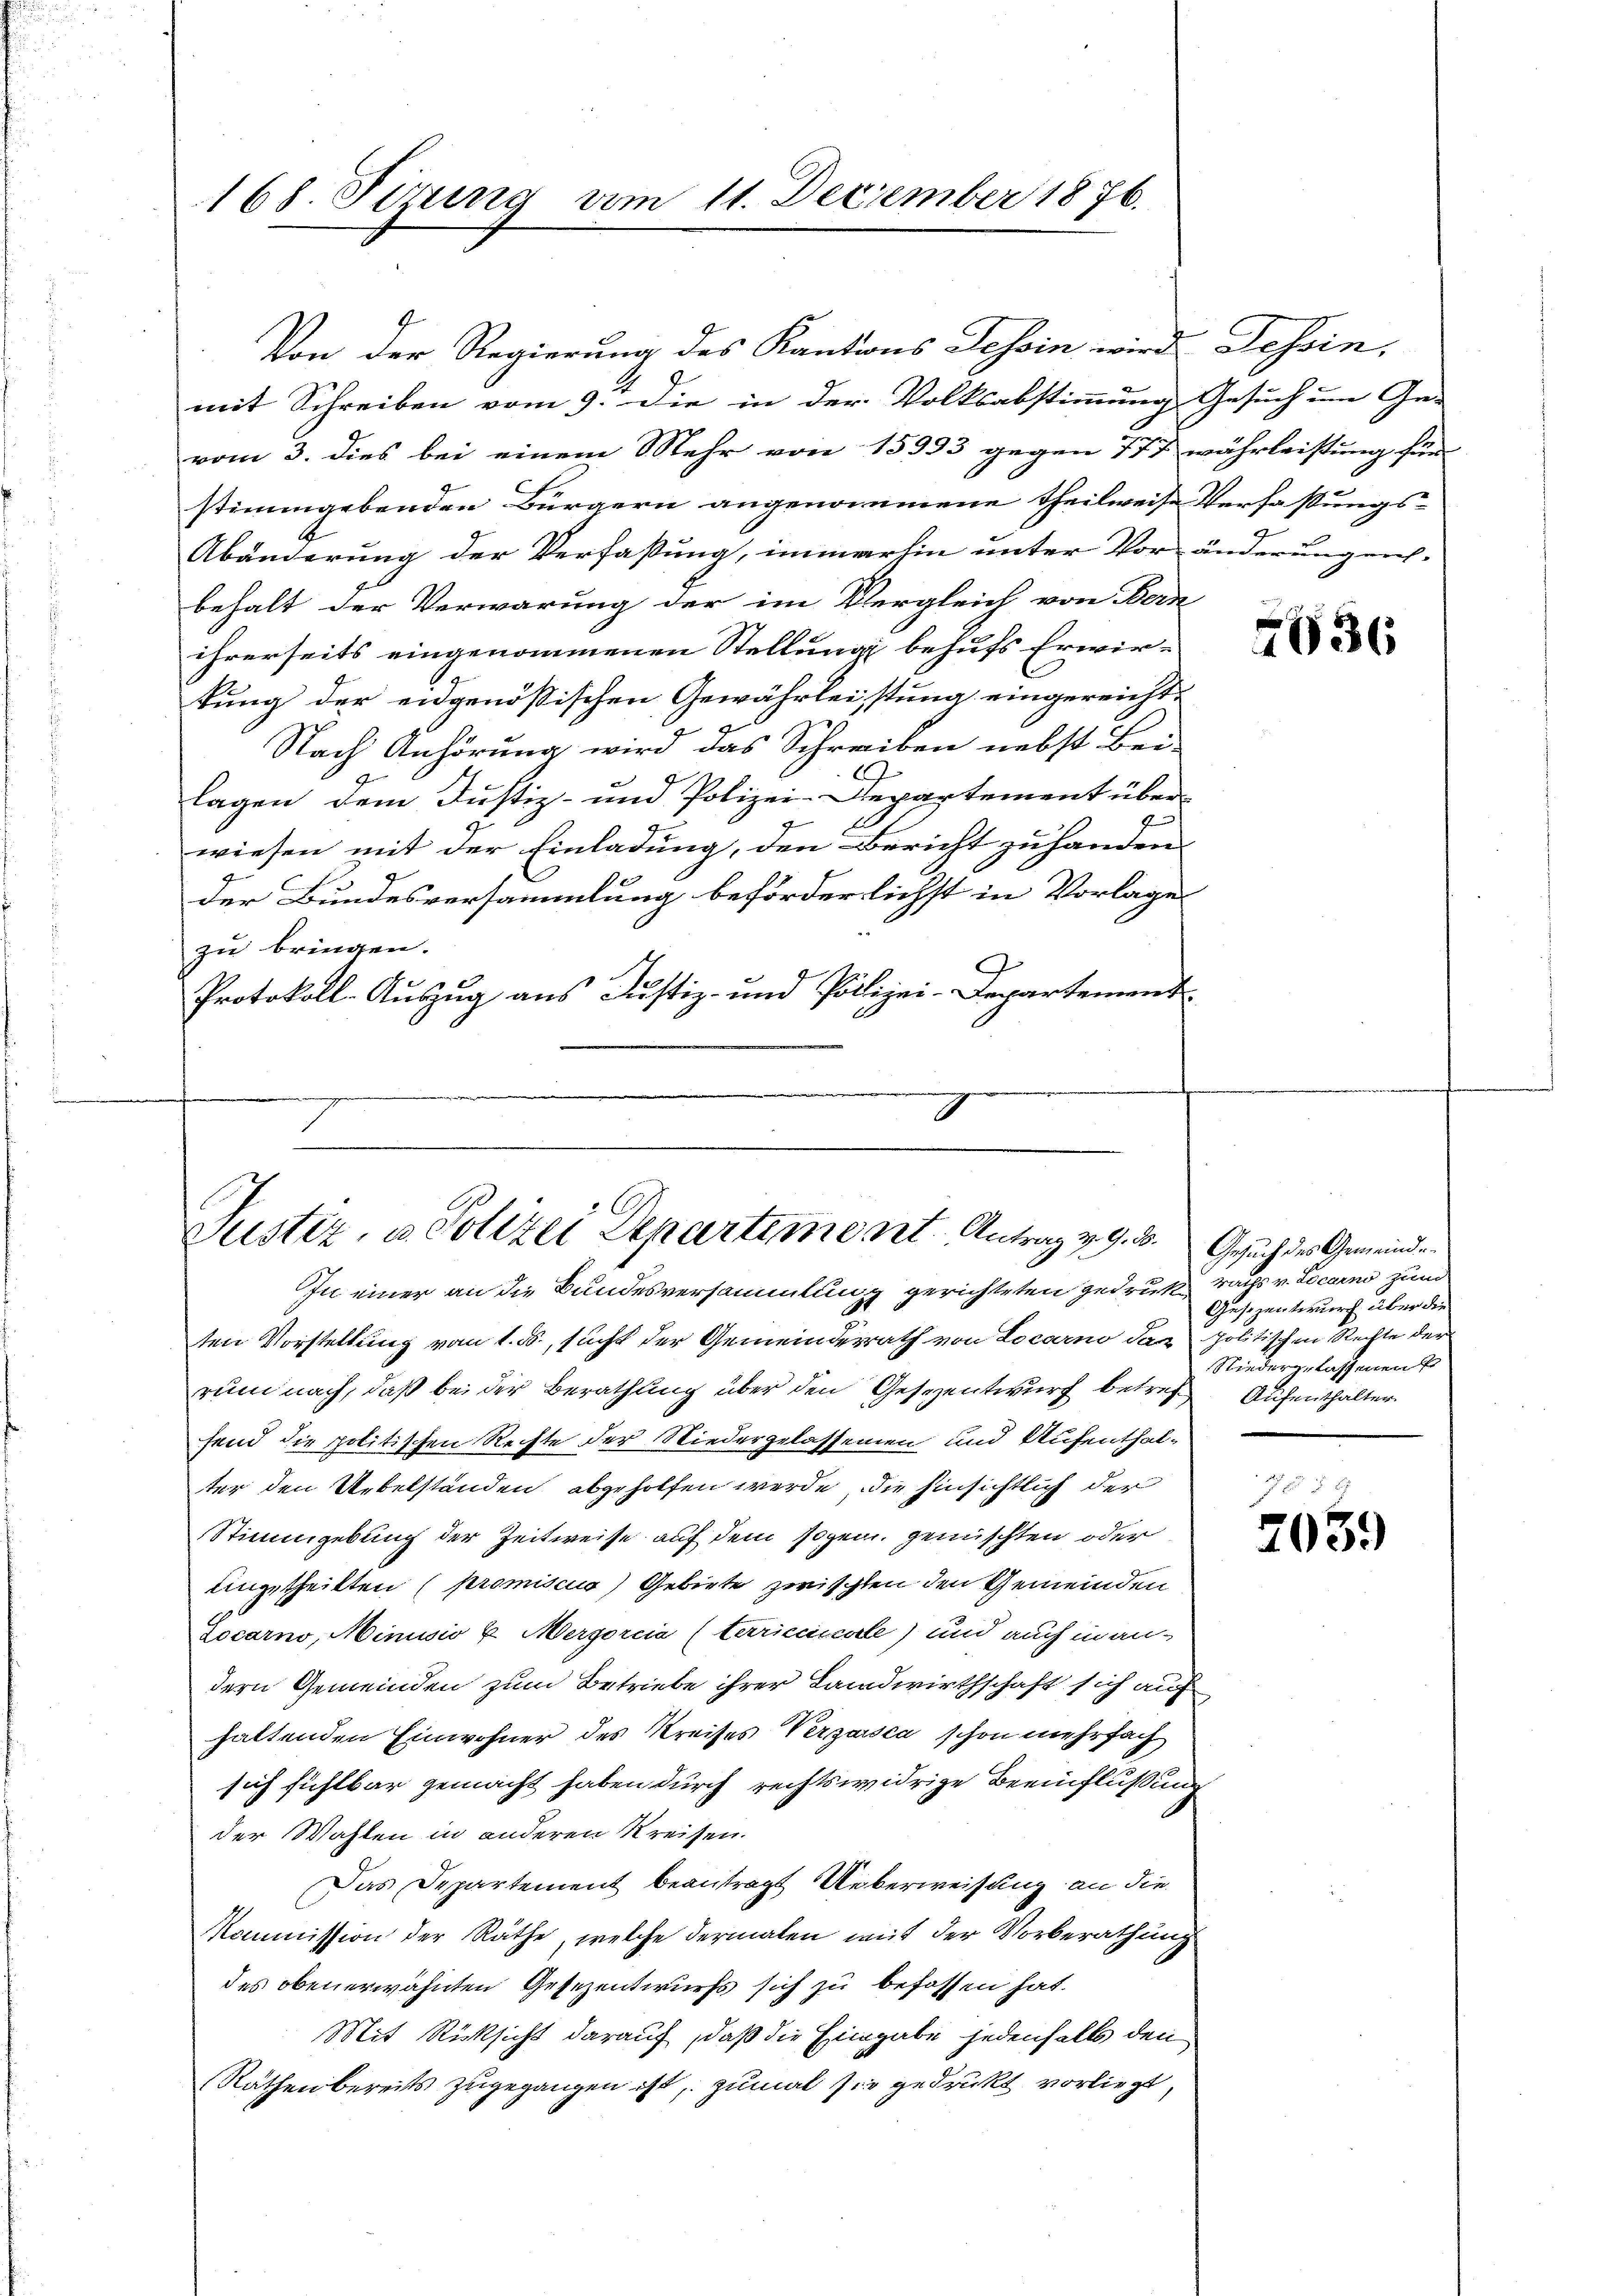
168. Pirung vom 11. December 1876.

Von der Regierung des Kantons Tessin wird Tessin,
mit Schreiben vom 9. Die in der Volksabstimmung Gesuch um Ge-
vom 3. dies bei einem Mehr von 15993 gegen 777 währleistung für
stimmgebenden Bürgern angenommene Theilweise Verfassungs-
Abänderung der Verfassung, immerhin unter Vor- änderung rich-
behalt der Verwarung der im Vergleich von Bern
ihrerseits eingenommenen Stellung behufs Erwir-
kung der eidgenößischen Gewährleistung eingereicht-
Nach Anhörung wird das Schreiben nebst Bei-
lagen dem Justiz- und Polizei-Departement über
e
wiesen mit der Einladung, den Bericht zu handen.
der Bundesversammlung beförderlichst in Vorlage
zu bringen.
.
Protokoll-Auszug aus Justiz- und Polizei-Departement
e

Justiz, u. Polizei Departement Antrag v. 9. d.

In einer an die Bundesversammlung gerichteten gedruck, Nachs v. Locarno zum
ten Vorstellung vom 1. ds., sucht der Gemeindesrath von Locarno das politischen Rechte der
rum nach, daß bei der Berathung über den Geseentwurf betreff Aufenthalter
fend die politischen Rechte der Niedergelassenen und Aufenthalter den Uebelständen abgeholfen werde, die hinsichtlich der
Stimmgebung der Zeitweise auf dem sogen. gemischten oder
dingetheilten (promiscus) Gebiete zwischten den Gemeinden
Locarno, Minusio u. Mergorcia (terriccccole) und auch in andern Gemeinden zum Betriebe ihrer Landwirthschaft sich auf
haltenden Einwohner des Kreises Verzaisca schon mehrfach
sich sichtbar gemacht haben durch rechtswidrige Beeinflußung
der Wahlen in anderen Kreisen.
Das Departement beantragt Ueberweisung an die
Kommission der Räthe, welche dermalen mit der Vorberathung
des obenerwähnten Gesezentwurfs sich zu befassen hat.
Mit Rücksicht darauf, daß die Eingabe jedenfalls den
Räthen bereits zugegangen ist, zumal sie gedruckt vorliegt,

2036

Gesuch des Gemeinde
Gesezentwurf über die
Niedergelassenen

78
7039